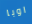
اوبا